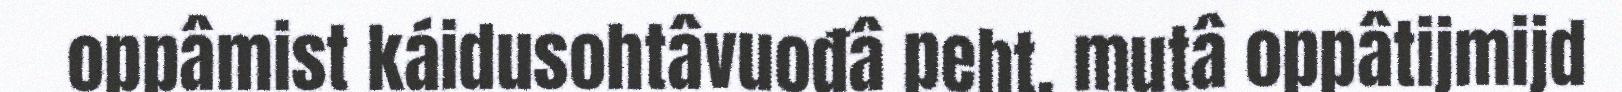
oppâmist káidusohtâvuođâ peht, mutâ oppâtijmijd